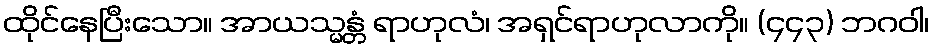
ထိုင်နေပြီးသော။ အာယသ္မန္တံ ရာဟုလံ၊ အရှင်ရာဟုလာကို။ (၄၄၃) ဘဂဝါ၊